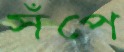
সঁপে